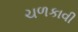
ચળકાવી